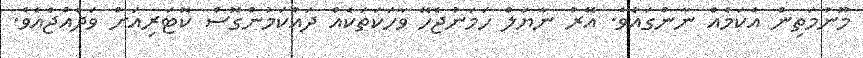
މޫނުމަތިން އެކަމެއް ނާންގައެވެ. އޭރު ނާޔަލް ހަމަނުޖެހޭ ވާހަކަތަކެއް ދައްކަމުންގޮސް ކޮޓަރިއަށް ވަދެއްޖެއެވެ.